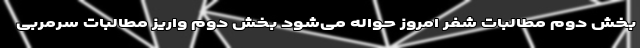
بخش دوم مطالبات شفر امروز حواله می‌شود بخش دوم واریز مطالبات سرمربی